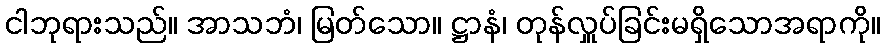
ငါဘုရားသည်။ အာသဘံ၊ မြတ်သော။ ဋ္ဌာနံ၊ တုန်လှူပ်ခြင်းမရှိသောအရာကို။